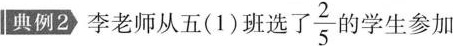
典例2 李老师从五(1)班选了 \frac{2}{5} 勺学生参加